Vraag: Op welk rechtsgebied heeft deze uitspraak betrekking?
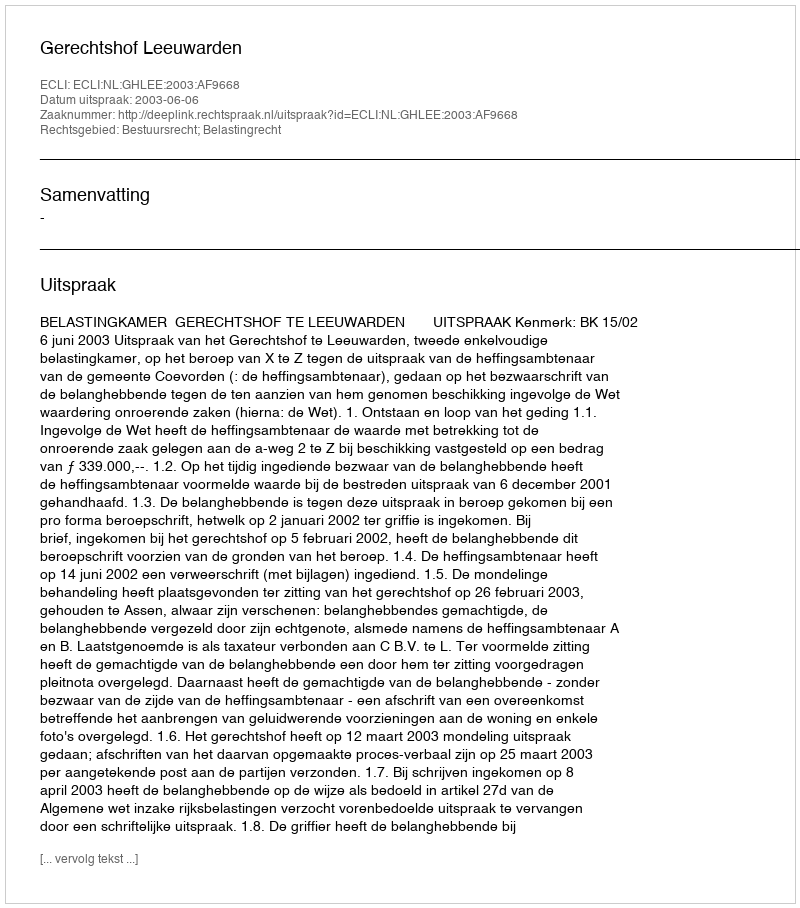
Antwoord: Bestuursrecht; Belastingrecht